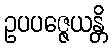
ဥပပဇ္ဇေယန္တိ